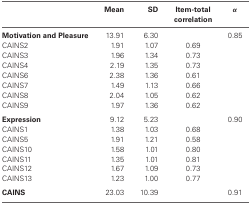
<table><thead><tr><td></td><td><b>Mean</b></td><td><b>SD</b></td><td><b>Item-total correlation</b></td><td><b><i>α</i></b></td></tr></thead><tbody><tr><td><b>Motivation and Pleasure</b></td><td>13.91</td><td>6.30</td><td></td><td>0.85</td></tr><tr><td>CAINS2</td><td>1.91</td><td>1.07</td><td>0.69</td><td></td></tr><tr><td>CAINS3</td><td>1.96</td><td>1.34</td><td>0.73</td><td></td></tr><tr><td>CAINS4</td><td>2.19</td><td>1.35</td><td>0.73</td><td></td></tr><tr><td>CAINS6</td><td>2.38</td><td>1.36</td><td>0.61</td><td></td></tr><tr><td>CAINS7</td><td>1.49</td><td>1.13</td><td>0.66</td><td></td></tr><tr><td>CAINS8</td><td>2.04</td><td>1.05</td><td>0.62</td><td></td></tr><tr><td>CAINS9</td><td>1.97</td><td>1.36</td><td>0.62</td><td></td></tr><tr><td><b>Expression</b></td><td>9.12</td><td>5.23</td><td></td><td>0.90</td></tr><tr><td>CAINS1</td><td>1.38</td><td>1.03</td><td>0.68</td><td></td></tr><tr><td>CAINS5</td><td>1.91</td><td>1.21</td><td>0.58</td><td></td></tr><tr><td>CAINS10</td><td>1.58</td><td>1.01</td><td>0.80</td><td></td></tr><tr><td>CAINS11</td><td>1.35</td><td>1.01</td><td>0.81</td><td></td></tr><tr><td>CAINS12</td><td>1.67</td><td>1.09</td><td>0.73</td><td></td></tr><tr><td>CAINS13</td><td>1.23</td><td>1.00</td><td>0.77</td><td></td></tr><tr><td><b>CAINS</b></td><td>23.03</td><td>10.39</td><td></td><td>0.91</td></tr></tbody></table>